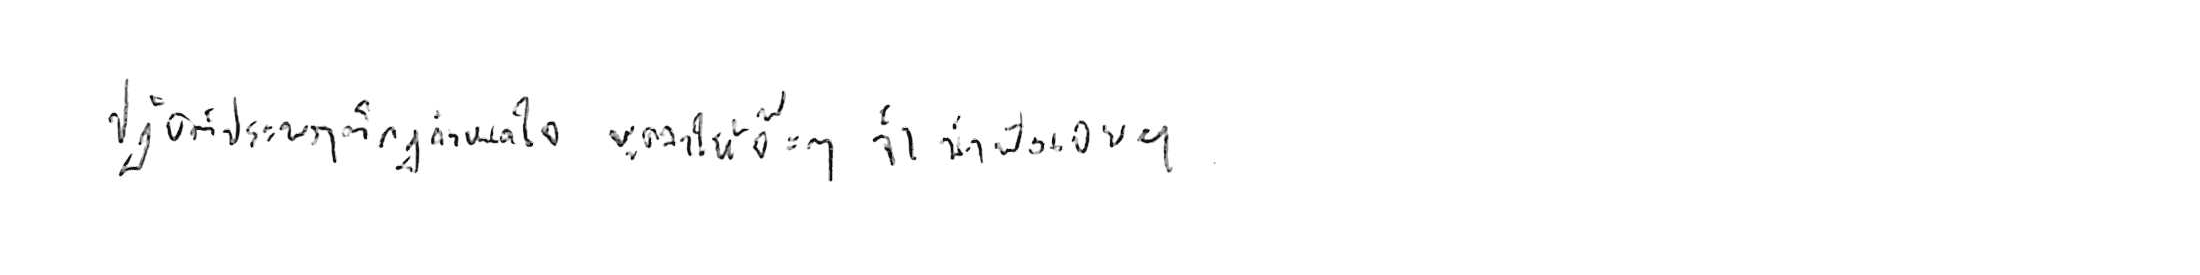
ปฏิบัติประพฤติกฎกำหนดใจ พูดจาให้จ๊ะๆ จ๋า น่าฟังเอยฯ